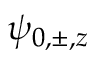
\psi _ { 0 , \pm , z }